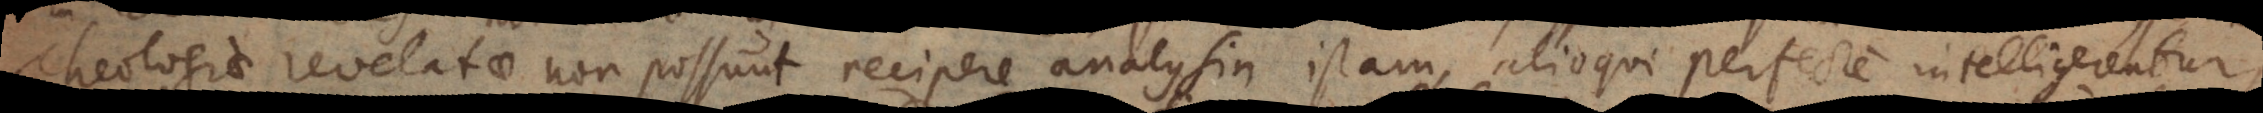
Theologiae revelatae non possunt recipere analysin istam, alioqui perfecte intelligerentur,